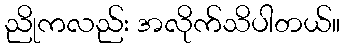
ညိုကလည်း အလိုက်သိပါတယ်။